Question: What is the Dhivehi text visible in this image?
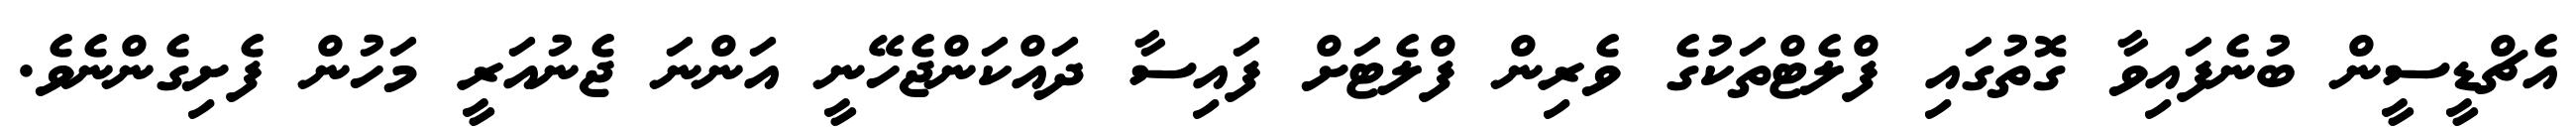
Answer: އެޗްޑީސީން ބުނެފައިވާ ގޮތުގައި ފްލެޓްތަކުގެ ވެރިން ފްލެޓަށް ފައިސާ ދައްކަންޖެހޭނީ އަންނަ ޖެނުއަރީ މަހުން ފެށިގެންނެވެ.